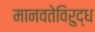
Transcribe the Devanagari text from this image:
मानवतेविरुद्ध